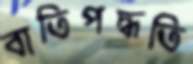
বাতিপদ্ধতি